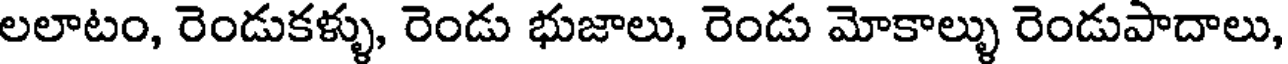
లలాటం, రెండుకళ్ళు, రెండు భుజాలు, రెండు మోకాల్ళు రెండుపాదాలు,